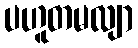
ပဟူတမလျာ